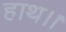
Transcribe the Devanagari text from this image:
हाथ।।